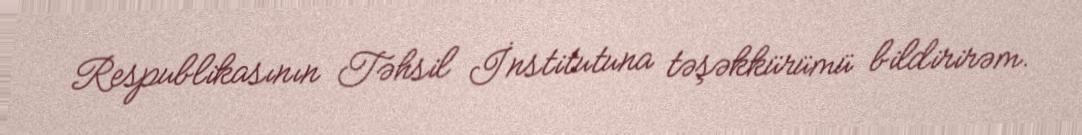
Respublikasının Təhsil İnstitutuna təşəkkürümü bildirirəm.